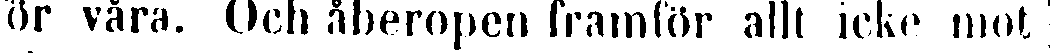
ör våra. Och åberopen framför allt icke mot